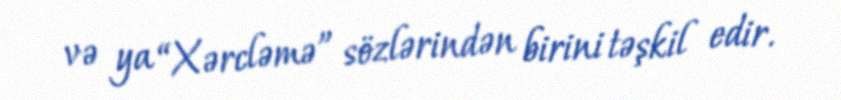
və ya “Xərcləmə” sözlərindən birini təşkil edir.